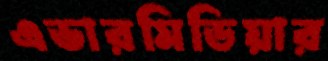
এভারমিডিয়ার